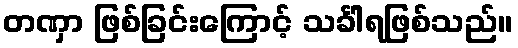
တဏှာ ဖြစ်ခြင်းကြောင့် သင်္ခါရဖြစ်သည်။